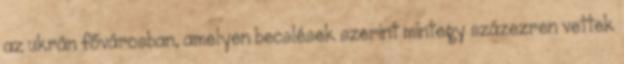
az ukrán fővárosban, amelyen becslések szerint mintegy százezren vettek